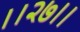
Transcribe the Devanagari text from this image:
।।२७।।